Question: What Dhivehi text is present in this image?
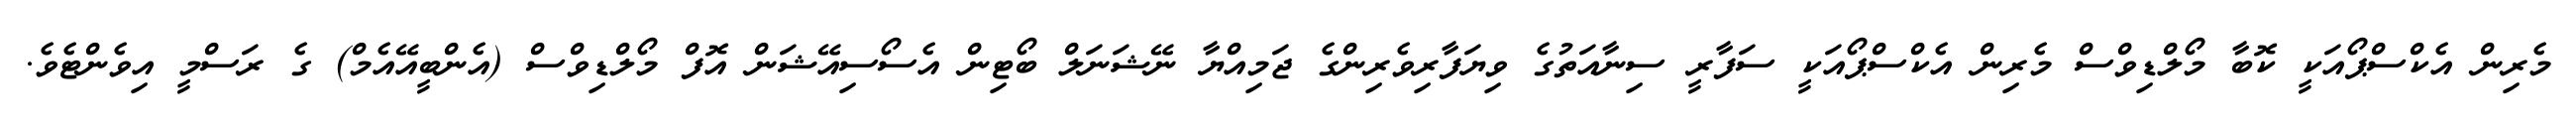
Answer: މެރިން އެކްސްޕޯއަކީ ކޮބާ މޯލްޑިވްސް މެރިން އެކްސްޕޯއަކީ ސަފާރީ ސިނާއަތުގެ ވިޔަފާރިވެރިންގެ ޖަމިއްޔާ ނޭޝަނަލް ބޯޓިން އެސޯސިއޭޝަން އޮފް މޯލްޑިވްސް (އެންބީއޭއެމް) ގެ ރަސްމީ އިވެންޓެވެ.